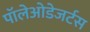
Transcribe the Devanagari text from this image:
पॉलेओडेजर्टस